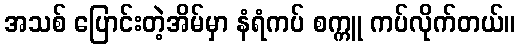
အသစ် ပြောင်းတဲ့အိမ်မှာ နံရံကပ် စက္ကူ ကပ်လိုက်တယ်။